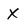
Character: X